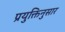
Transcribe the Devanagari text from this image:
प्रयुक्तिनुसार